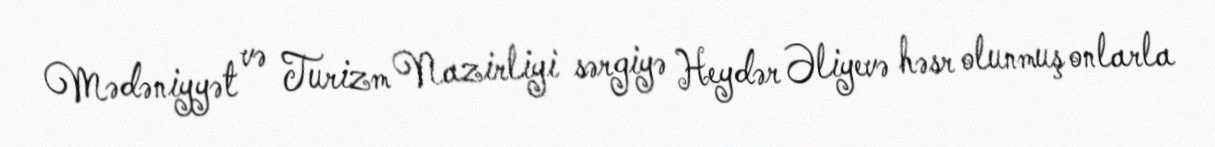
Mədəniyyət və Turizm Nazirliyi sərgiyə Heydər Əliyevə həsr olunmuş onlarla